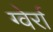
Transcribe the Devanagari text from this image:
ग्वेर्रा